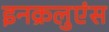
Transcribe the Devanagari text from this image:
इनक्रलुएंस